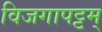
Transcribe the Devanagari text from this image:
विजगापट्टम्